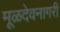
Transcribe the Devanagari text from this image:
मूळदेवनागरी